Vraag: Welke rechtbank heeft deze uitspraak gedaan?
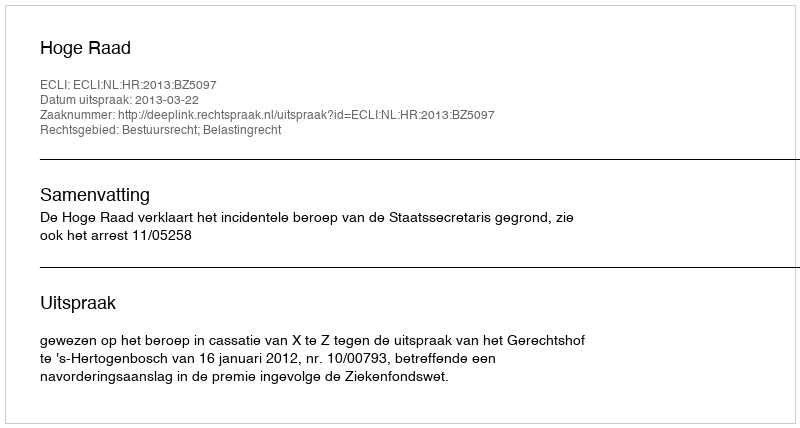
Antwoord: Hoge Raad